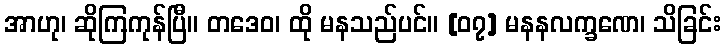
အာဟု၊ ဆိုကြကုန်ပြီ။ တဒေဝ၊ ထို မနသည်ပင်။ [၀၇] မနနလက္ခဏေ၊ သိခြင်း